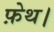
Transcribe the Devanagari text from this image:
फ़ेथ।